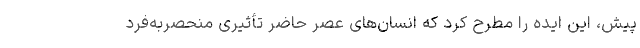
پیش، این ایده را مطرح کرد که انسان‌های عصر حاضر تأثیر‌ی منحصربه‌فرد